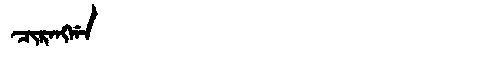
Manchu: ᠴᡳᡵᠠᠩᡤᠠ
Romanization: CIRANGGA